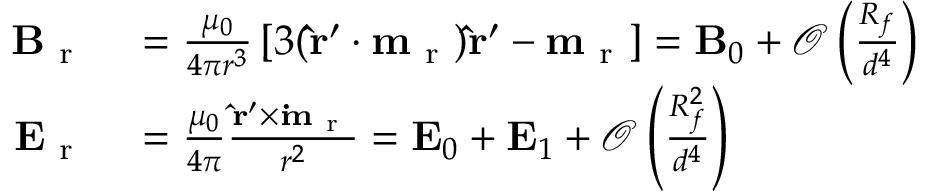
\begin{array} { r l } { \mathbf { B } _ { \mathrm { ~ r ~ } } } & { { } = \frac { \mu _ { 0 } } { 4 \pi r ^ { 3 } } \left[ 3 ( \mathbf { \hat { r } ^ { \prime } } \boldsymbol { \cdot } \mathbf { m } _ { \mathrm { ~ r ~ } } ) \mathbf { \hat { r } ^ { \prime } } - \mathbf { m } _ { \mathrm { ~ r ~ } } \right] = \mathbf { B } _ { 0 } + \mathcal { O } \left( \frac { R _ { f } } { d ^ { 4 } } \right) } \\ { \mathbf { E } _ { \mathrm { ~ r ~ } } } & { { } = \frac { \mu _ { 0 } } { 4 \pi } \frac { \mathbf { \hat { r } ^ { \prime } } \times \mathbf { \dot { m } _ { \mathrm { ~ r ~ } } } } { r ^ { 2 } } = \mathbf { E } _ { 0 } + \mathbf { E } _ { 1 } + \mathcal { O } \left( \frac { R _ { f } ^ { 2 } } { d ^ { 4 } } \right) } \end{array}